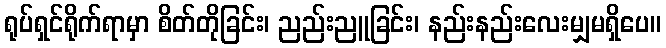
ရုပ်ရှင်ရိုက်ရာမှာ စိတ်တိုခြင်း၊ ညည်းညူခြင်း၊ နည်းနည်းလေးမျှမရှိပေ။